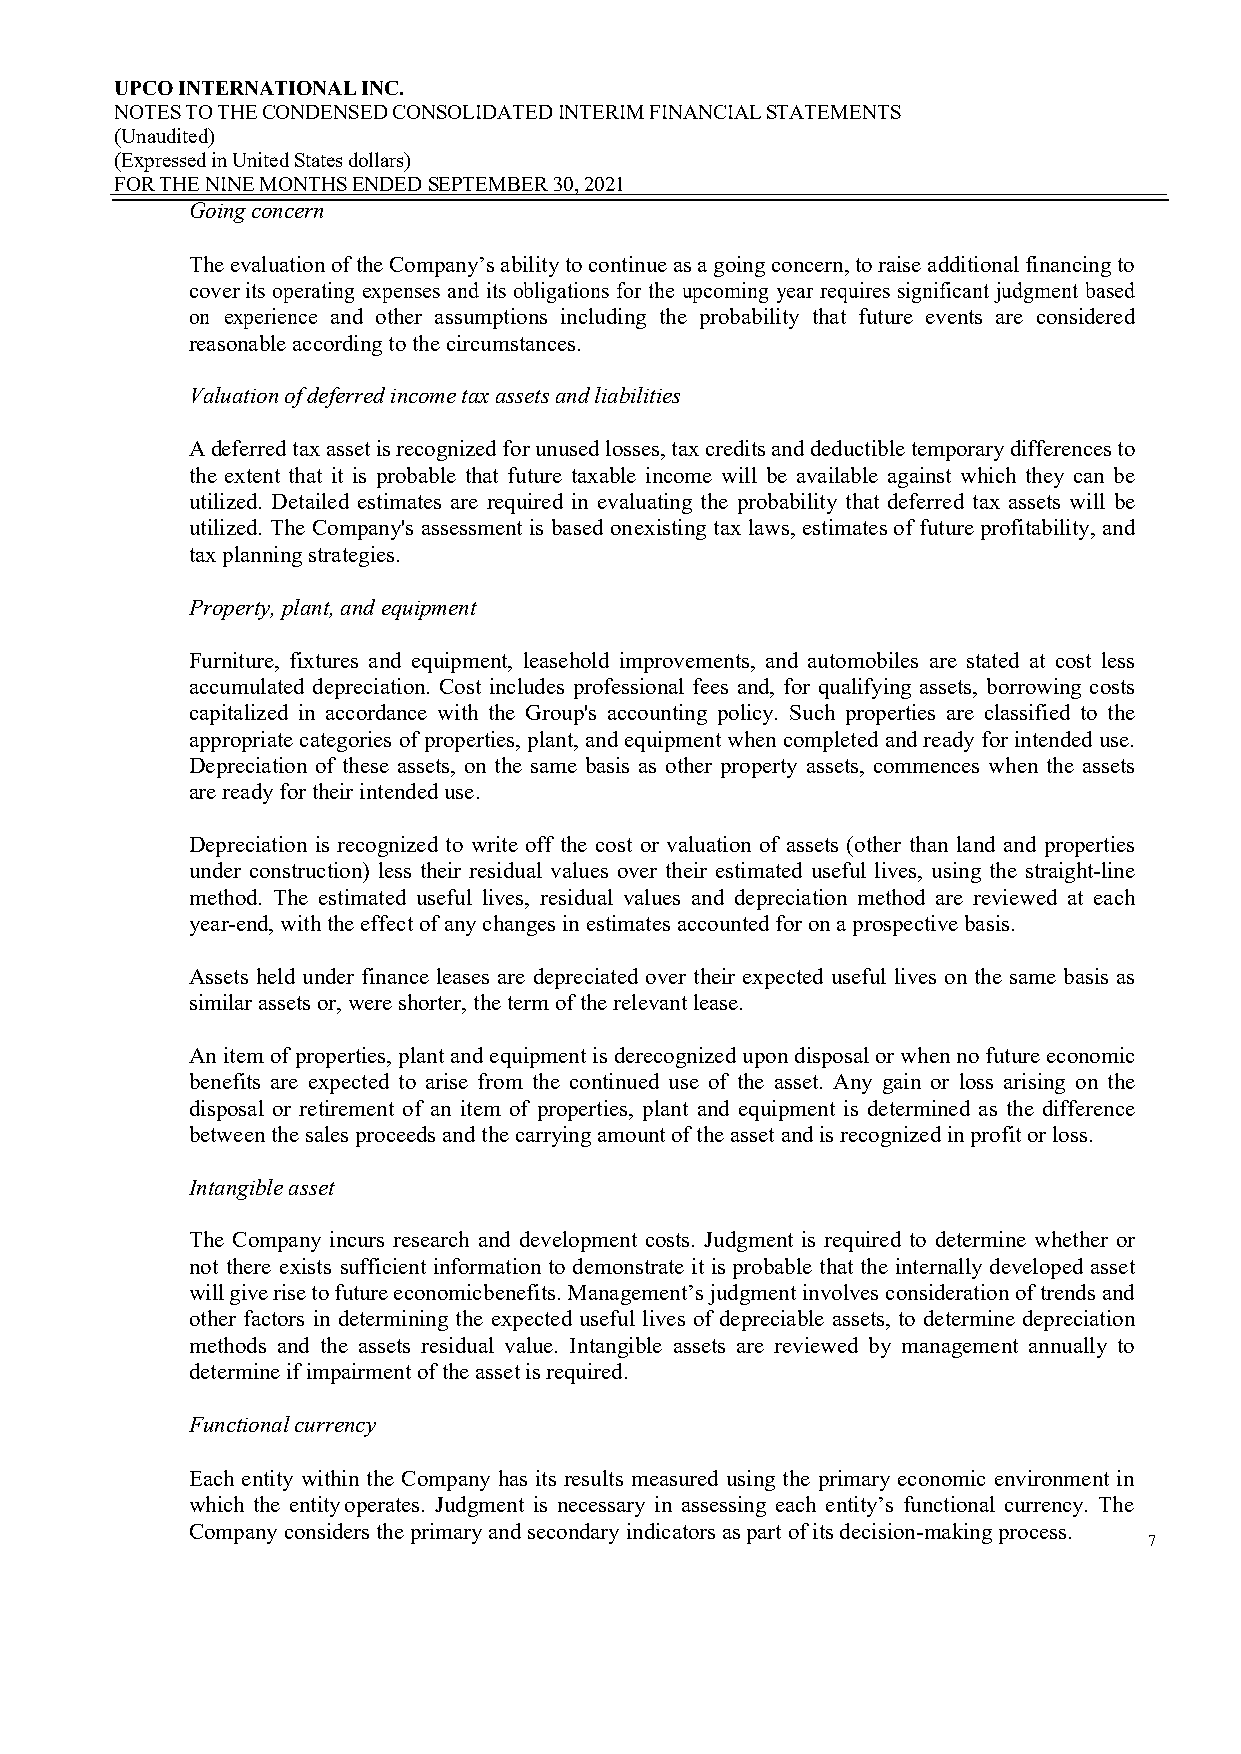
UPCO INTERNATIONAL INC.
 NOTES TO THE CONDENSED CONSOLIDATED INTERIM FINANCIAL STATEMENTS
 (Unaudited)
 (Expressed in United States dollars)
 FOR THE NINE MONTHS ENDED SEPTEMBER 30, 2021
 Going concern
 The evaluation of the Company’s ability to continue as a going concern, to raise additional financing to
 cover its operating expenses and its obligations for the upcoming year requires significant judgment based
 on experience and other assumptions including the probability that future events are considered
 reasonable according to the circumstances.
 Valuation of deferred income tax assets and liabilities
 A deferred tax asset is recognized for unused losses, tax credits and deductible temporary differences to
 the extent that it is probable that future taxable income will be available against which they can be
 utilized. Detailed estimates are required in evaluating the probability that deferred tax assets will be
 utilized. The Company's assessment is based on existing tax laws, estimates of future profitability, and
 tax planning strategies.
 Property, plant, and equipment
 Furniture, fixtures and equipment, leasehold improvements, and automobiles are stated at cost less
 accumulated depreciation. Cost includes professional fees and, for qualifying assets, borrowing costs
 capitalized in accordance with the Group's accounting policy. Such properties are classified to the
 appropriate categories of properties, plant, and equipment when completed and ready for intended use.
 Depreciation of these assets, on the same basis as other property assets, commences when the assets
 are ready for their intended use.
 Depreciation is recognized to write off the cost or valuation of assets (other than land and properties
 under construction) less their residual values over their estimated useful lives, using the straight-line
 method. The estimated useful lives, residual values and depreciation method are reviewed at each
 year-end, with the effect of any changes in estimates accounted for on a prospective basis.
 Assets held under finance leases are depreciated over their expected useful lives on the same basis as
 similar assets or, were shorter, the term of the relevant lease.
 An item of properties, plant and equipment is derecognized upon disposal or when no future economic
 benefits are expected to arise from the continued use of the asset. Any gain or loss arising on the
 disposal or retirement of an item of properties, plant and equipment is determined as the difference
 between the sales proceeds and the carrying amount of the asset and is recognized in profit or loss.
 Intangible asset
 The Company incurs research and development costs. Judgment is required to determine whether or
 not there exists sufficient information to demonstrate it is probable that the internally developed asset
 will give rise to future economic benefits. Management’s judgment involves consideration of trends and
 other factors in determining the expected useful lives of depreciable assets, to determine depreciation
 methods and the assets residual value. Intangible assets are reviewed by management annually to
 determine if impairment of the asset is required.
 Functional currency
 Each entity within the Company has its results measured using the primary economic environment in
 which the entity operates. Judgment is necessary in assessing each entity’s functional currency. The
 Company considers the primary and secondary indicators as part of its decision-making process.
 7